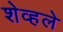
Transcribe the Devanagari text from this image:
शेव्हले